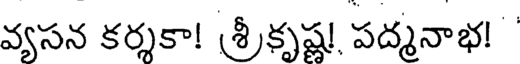
వ్యసన కర్శకా! శ్రీకృష్ణ! పద్మనాభ!